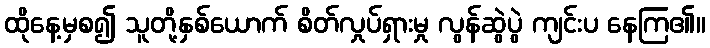
ထိုနေ့မှစ၍ သူတို့နှစ်ယောက် စိတ်လှုပ်ရှားမှု လွန်ဆွဲပွဲ ကျင်းပ နေကြ၏။